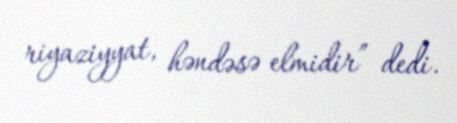
riyaziyyat, həndəsə elmidir” dedi.